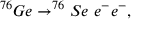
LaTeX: ^ { 7 6 } G e \to ^ { 7 6 } S e \ e ^ { - } e ^ { - } ,